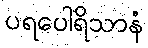
ပရပေါရိသာနံ